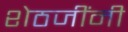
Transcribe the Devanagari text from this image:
शेठजींनी